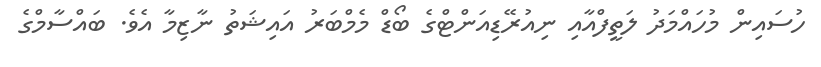
ހުސައިން މުހައްމަދު ލަތީފްއާއި ނިއުރޭޑިއަންޓްގެ ބޯޑް މެމްބަރު އައިޝަތު ނާޒިމާ އެވެ. ބައްސާމްގެ